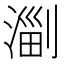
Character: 𣺤